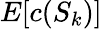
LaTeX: E[c(S_{k})]